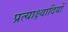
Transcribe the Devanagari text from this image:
प्रत्याक्ष्वादियों